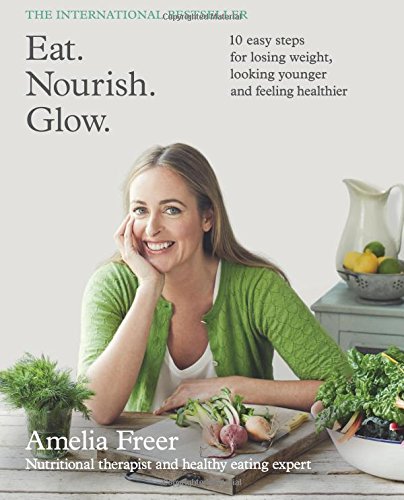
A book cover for Eat. Nourish. Glow.; Amelia Freer; Cookbooks, Food & Wine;